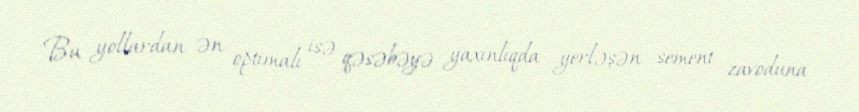
Bu yollardan ən optimalı isə qəsəbəyə yaxınlıqda yerləşən sement zavoduna